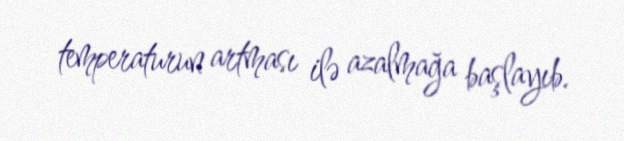
temperaturun artması ilə azalmağa başlayıb.